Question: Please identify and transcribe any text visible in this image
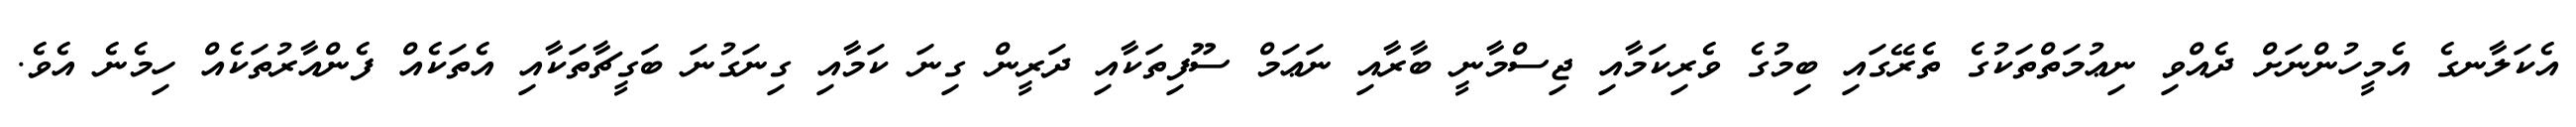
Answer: އެކަލާނގެ އެމީހުންނަށް ދެއްވި ނިޢުމަތްތަކުގެ ތެރޭގައި ބިމުގެ ވެރިކަމާއި ޖިސްމާނީ ބާރާއި ނަޢަމް ސޫފިތަކާއި ދަރީން ގިނަ ކަމާއި ގިނަގުނަ ބަގީޗާތަކާއި އެތަކެއް ފެންއާރުތަކެއް ހިމެނެ އެވެ.